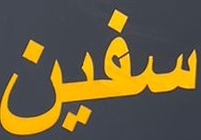
سفين